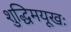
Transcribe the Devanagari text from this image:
शुद्धिमयूखः